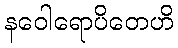
နဝေါရောပိတေဟိ